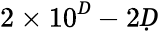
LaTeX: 2\times 10^{Ḋ}-2Ḍ